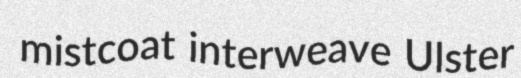
mistcoat interweave Ulster